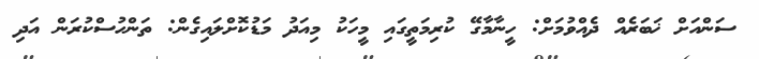
ސަންއަށް ޚަބަރެއް ދެއްވުމަށް: ހީނާމާގޭ ކުރިމަތީގައި މީހަކު މިއަދު މަޑުކޮށްލައިގެން: ތަންހުސްކުރަން އަދި